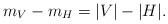
LaTeX: \begin{align*} m_V-m_H =|V|-|H|. \end{align*}